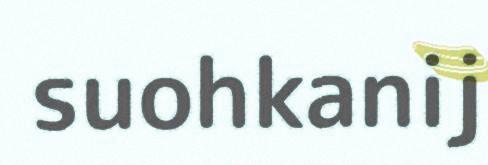
suohkanij